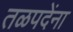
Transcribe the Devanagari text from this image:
तळपदेंना